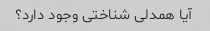
آیا همدلی شناختی وجود دارد؟